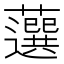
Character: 𧂍